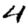
Digit: 4